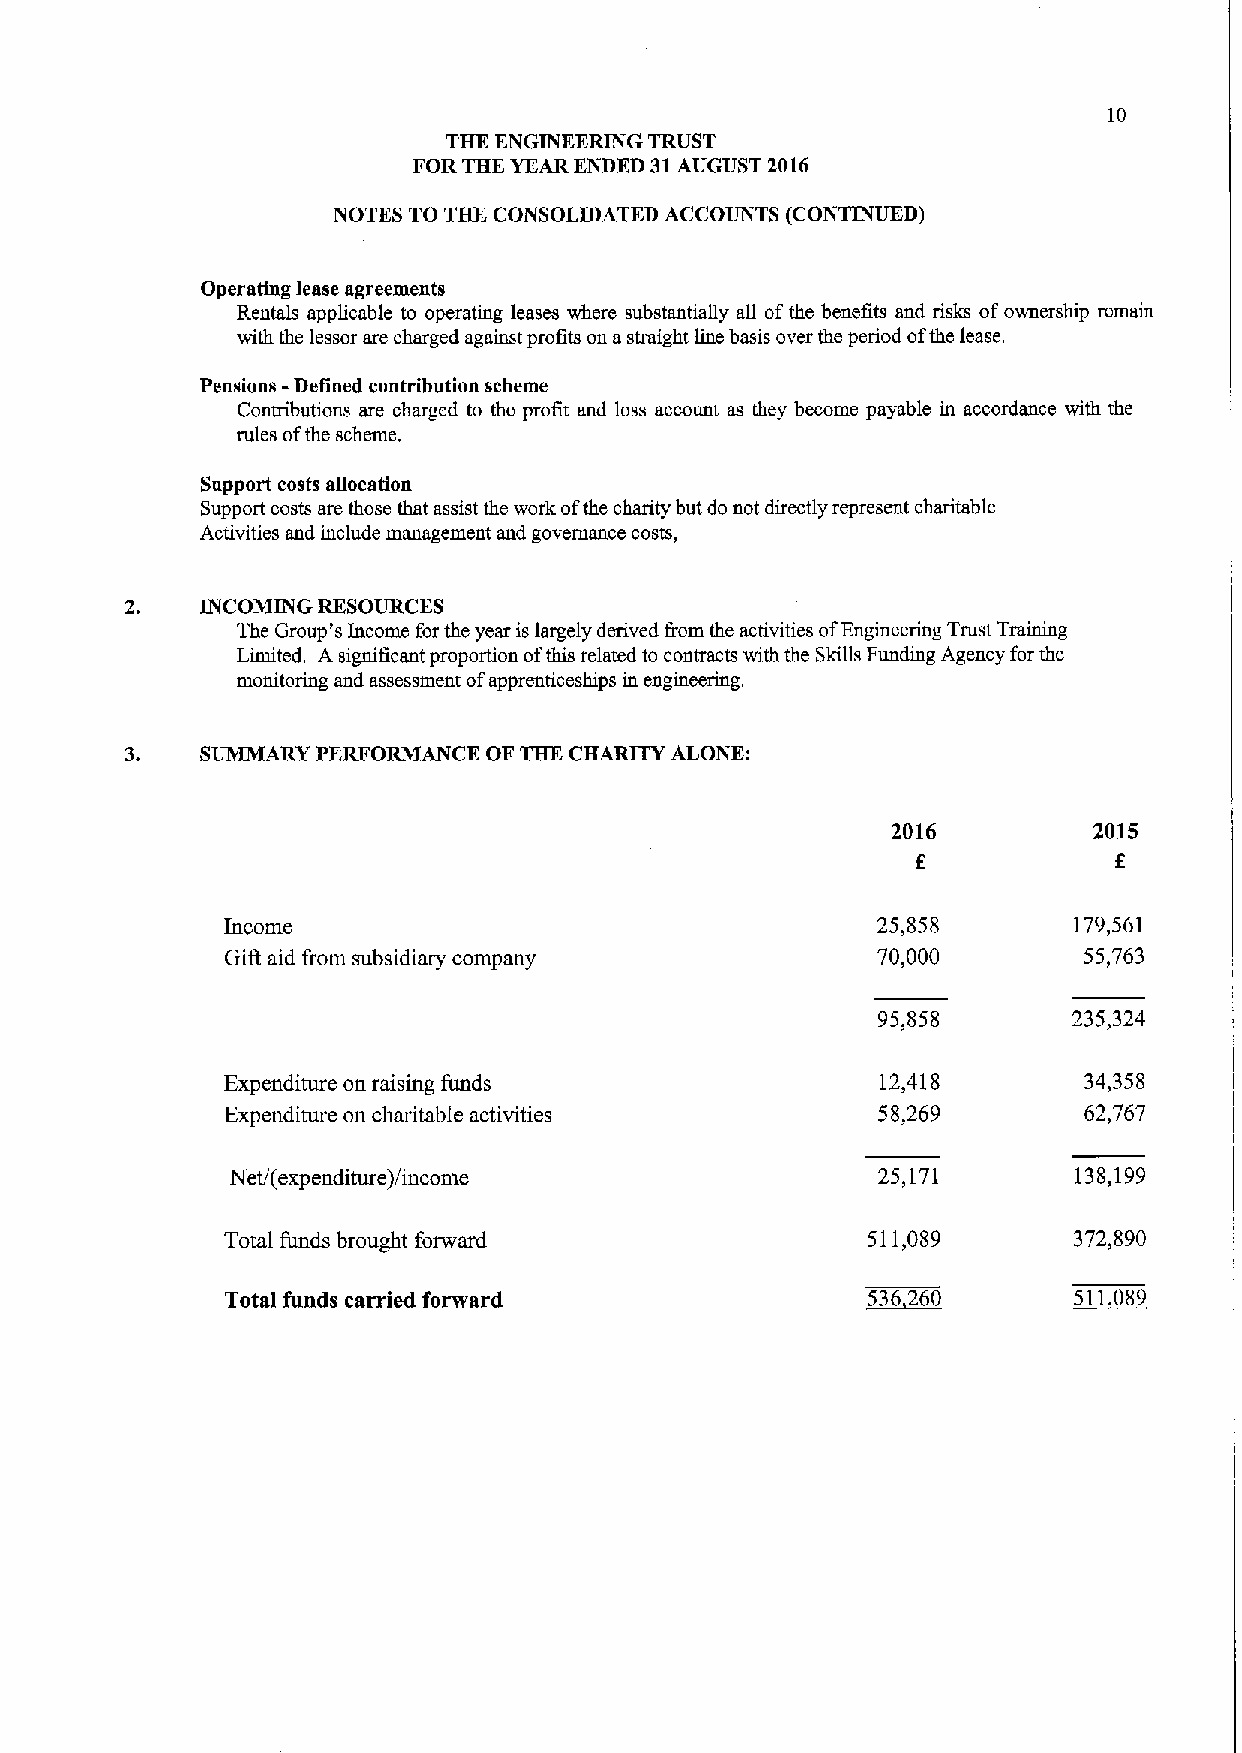
10
 THE ENGINEERING TRUST
 FOR THE YEAR ENDED 31AUGUST 2016
 NOTES TO TBXCONSOLIDATED ACCOUNTS (CONTINUED)
 Operating lease agreements
 Rentals applicable to operating leases where substantially all ofthe benefits and risks ofownership remain
 with the lessor are charged against profits on astraight line basis over the period ofthe lease.
 -
 Pensions Defined contribution scheme
 Contributions are charged to the profit and loss account as they become payable in accordance with the
 rules ofthe scheme.
 Support costs allocation
 Support costs are those that assist the work ofthe charity but do not directly represent charitable
 Activities and include management and governance costs,
 INCOMING RESOURCES
 The Group's Income for the year is largely derived &om the activities ofEngineering Trust Training
 Limited. A significant proportion ofthis related to contracts with the Skills Funding Agency for the
 monitoring and assessment ofapprenticeships in engineering.
 3.   SUMMARY PERFORMANCE OF THE CHARITY ALONE:
 2016         2015
 f            f
 Income                                     25,858       179,561
 Gift aid from subsidiary company           70,000        55,763
 95,858       235,324
 Expenditure on raising funds               12,418        34,358
 Expenditure on charitable activities       58,269        62,767
 Net/(expenditure)/income                   25,171       138,199
 Total funds brought forward               511,089       372,890
 Total funds carried forward               536260        511089